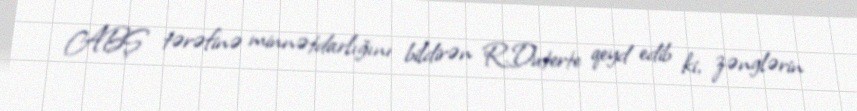
ABŞ tərəfinə minnətdarlığını bildirən R.Duterte qeyd edib ki, zənglərin